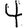
Digit: 4